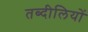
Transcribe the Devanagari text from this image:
तब्दीलियों